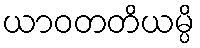
ယာဝတတိယမ္ပိ